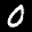
Label: 0